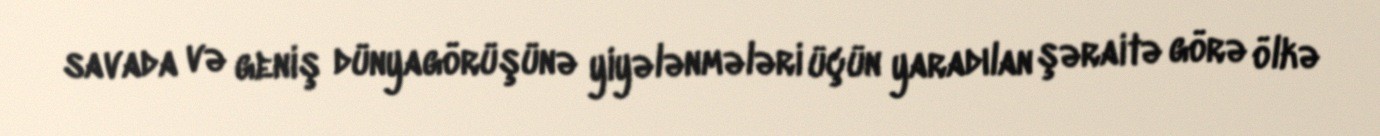
savada və geniş dünyagörüşünə yiyələnmələri üçün yaradılan şəraitə görə ölkə